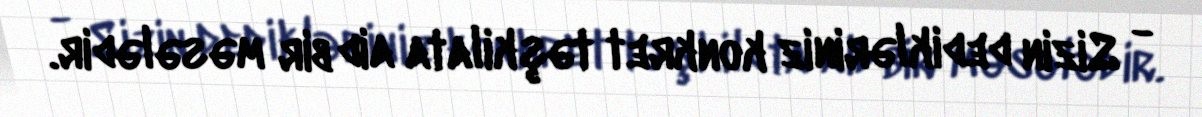
- Sizin dedikləriniz konkret təşkilata aid bir məsələdir.